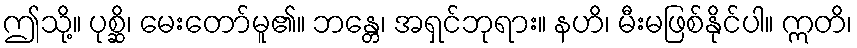
ဤသို့။ ပုစ္ဆိ၊ မေးတော်မူ၏။ ဘန္တေ၊ အရှင်ဘုရား။ နဟိ၊ မီးမဖြစ်နိုင်ပါ။ ဣတိ၊